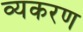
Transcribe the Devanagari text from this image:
व्यकरण